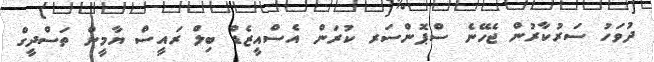
ދުވަހު ސަރުކާރުން ޖެހޭނެ ސްޕޮންސަރ ކުރަން އެސްއީޒެޑް ބިލް ރައީސް ޔާމީން ތަސްދީގް